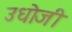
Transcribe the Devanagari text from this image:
उधोजी